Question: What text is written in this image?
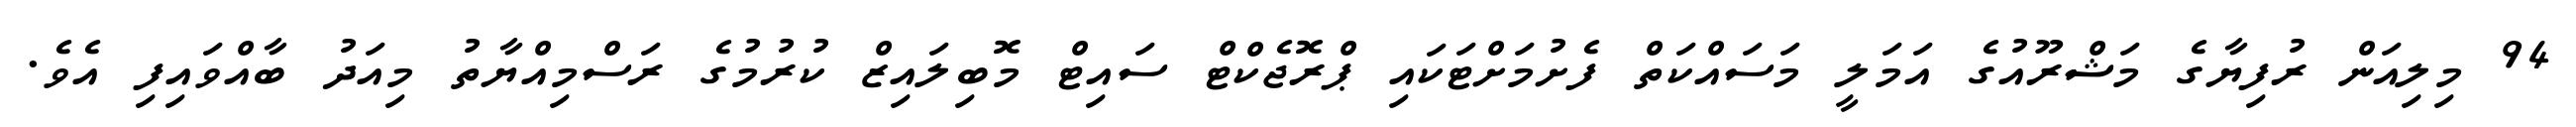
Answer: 94 މިލިއަން ރުފިޔާގެ މަޝްރޫއުގެ އަމަލީ މަސައްކަތް ފެށުމަށްޓަކައި ޕްރޮޖެކްޓް ސައިޓް މޮބިލައިޒް ކުރުމުގެ ރަސްމިއްޔާތު މިއަދު ބާއްވައިފި އެވެ.